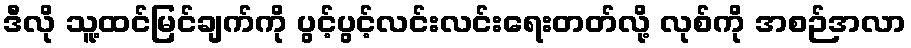
ဒီလို သူ့ထင်မြင်ချက်ကို ပွင့်ပွင့်လင်းလင်းရေးတတ်လို့ လုစ်ကို အစဉ်အလာ